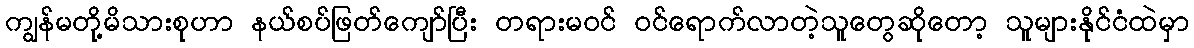
ကျွန်မတို့မိသားစုဟာ နယ်စပ်ဖြတ်ကျော်ပြီး တရားမဝင် ဝင်ရောက်လာတဲ့သူတွေဆိုတော့ သူများနိုင်ငံထဲမှာ